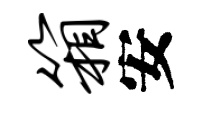
箱安